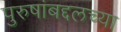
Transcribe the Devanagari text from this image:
पुरुषांबद्दलच्या